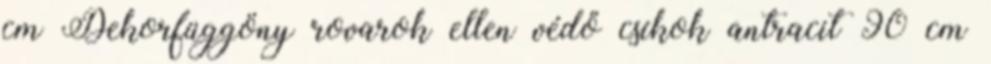
cm Dekorfüggöny rovarok ellen védő csíkok antracit 90 cm